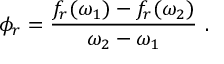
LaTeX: \phi _ { r } = \frac { f _ { r } ( \omega _ { 1 } ) - f _ { r } ( \omega _ { 2 } ) } { \omega _ { 2 } - \omega _ { 1 } } ~ .